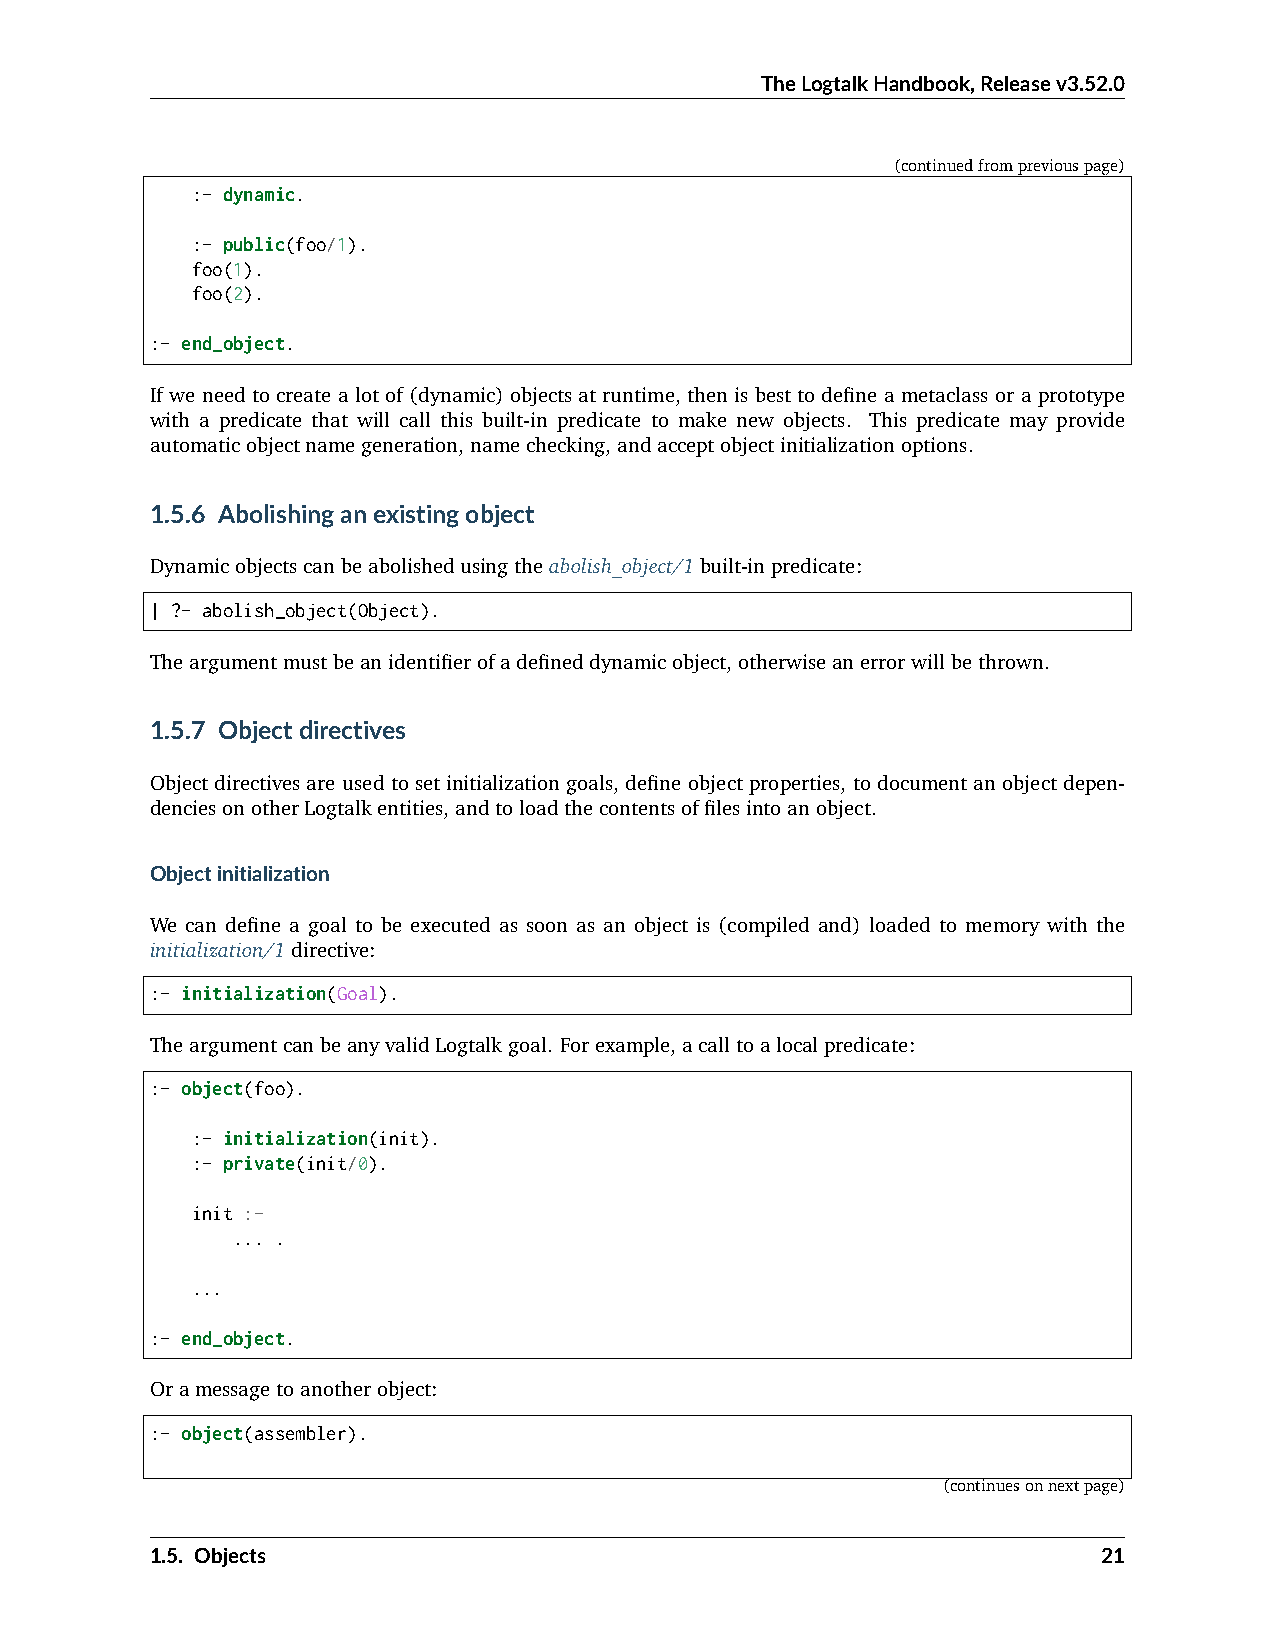
TheLogtalkHandbook,Releasev3.52.0
 (continuedfrompreviouspage)
 :- dynamic.
 :- public(foo/1).
 foo(1).
 foo(2).
 :- end_object.
 If we need to create a lot of (dynamic) objects at runtime, then is best to define a metaclass or a prototype
 with a predicate that will call this built-in predicate to make new objects. This predicate may provide
 automaticobjectnamegeneration,namechecking,andacceptobjectinitializationoptions.
 1.5.6 Abolishinganexistingobject
 Dynamicobjectscanbeabolishedusingtheabolish_object/1built-inpredicate:
 | ?- abolish_object(Object).
 Theargumentmustbeanidentifierofadefineddynamicobject,otherwiseanerrorwillbethrown.
 1.5.7 Objectdirectives
 Object directives are used to set initialization goals, define object properties, to document an object depen-
 denciesonotherLogtalkentities,andtoloadthecontentsoffilesintoanobject.
 Objectinitialization
 We can define a goal to be executed as soon as an object is (compiled and) loaded to memory with the
 initialization/1directive:
 :- initialization(Goal).
 TheargumentcanbeanyvalidLogtalkgoal. Forexample,acalltoalocalpredicate:
 :- object(foo).
 :- initialization(init).
 :- private(init/0).
 init :-
 ... .
 ...
 :- end_object.
 Oramessagetoanotherobject:
 :- object(assembler).
 (continuesonnextpage)
 1.5. Objects                                                   21